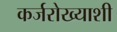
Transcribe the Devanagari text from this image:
कर्जरोख्याशी